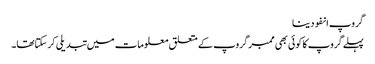
گروپ انفو دینا
پہلے گروپ کا کوئی بھی ممبر گروپ کے متعلق معلومات میں تبدیلی کرسکتاتھا۔